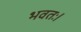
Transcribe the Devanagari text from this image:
भवतः।